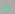
كل